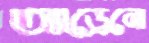
অ্যাড্রেনো